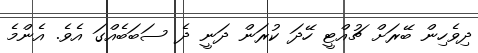
ދިވެހިން ބޭރަށް ޗުއްޓީ ހޭދަ ކުރަން ދަނީ ދެ ސަބަބެއްގަ އެވެ. އެންމެ